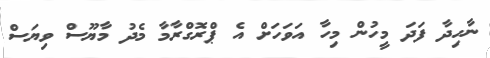
ނާހިދާ ފަދަ މީހުން މިހާ އަވަހަށް އެ ޕްރޮގްރާމާ މެދު މާޔޫސް ވިޔަސް